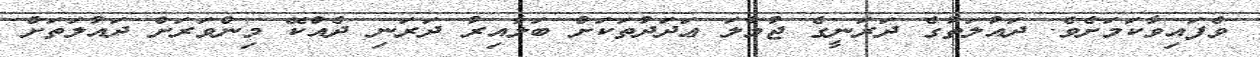
ވެފައިވާކަމަށެވެ. ދައުލަތުގެ ދަރަނީގެ ޖުމްލަ ޢަދަދުތަކަށް ބަލާއިރު ދަރަނި ދެއްކޭ މިންވަރަށް ދައުލަތަށް